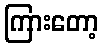
ကြားတော့